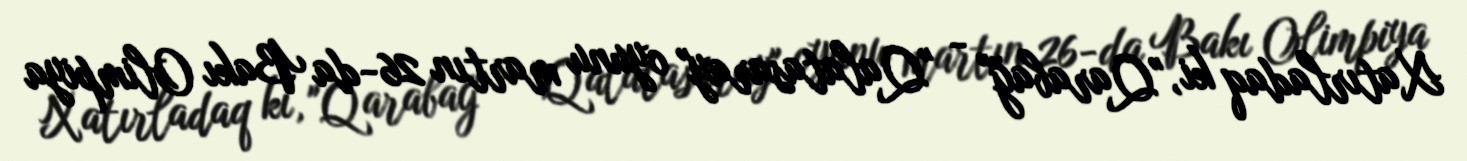
Xatırladaq ki, "Qarabağ" - "Qalatasaray" oyunu martın 26-da Bakı Olimpiya